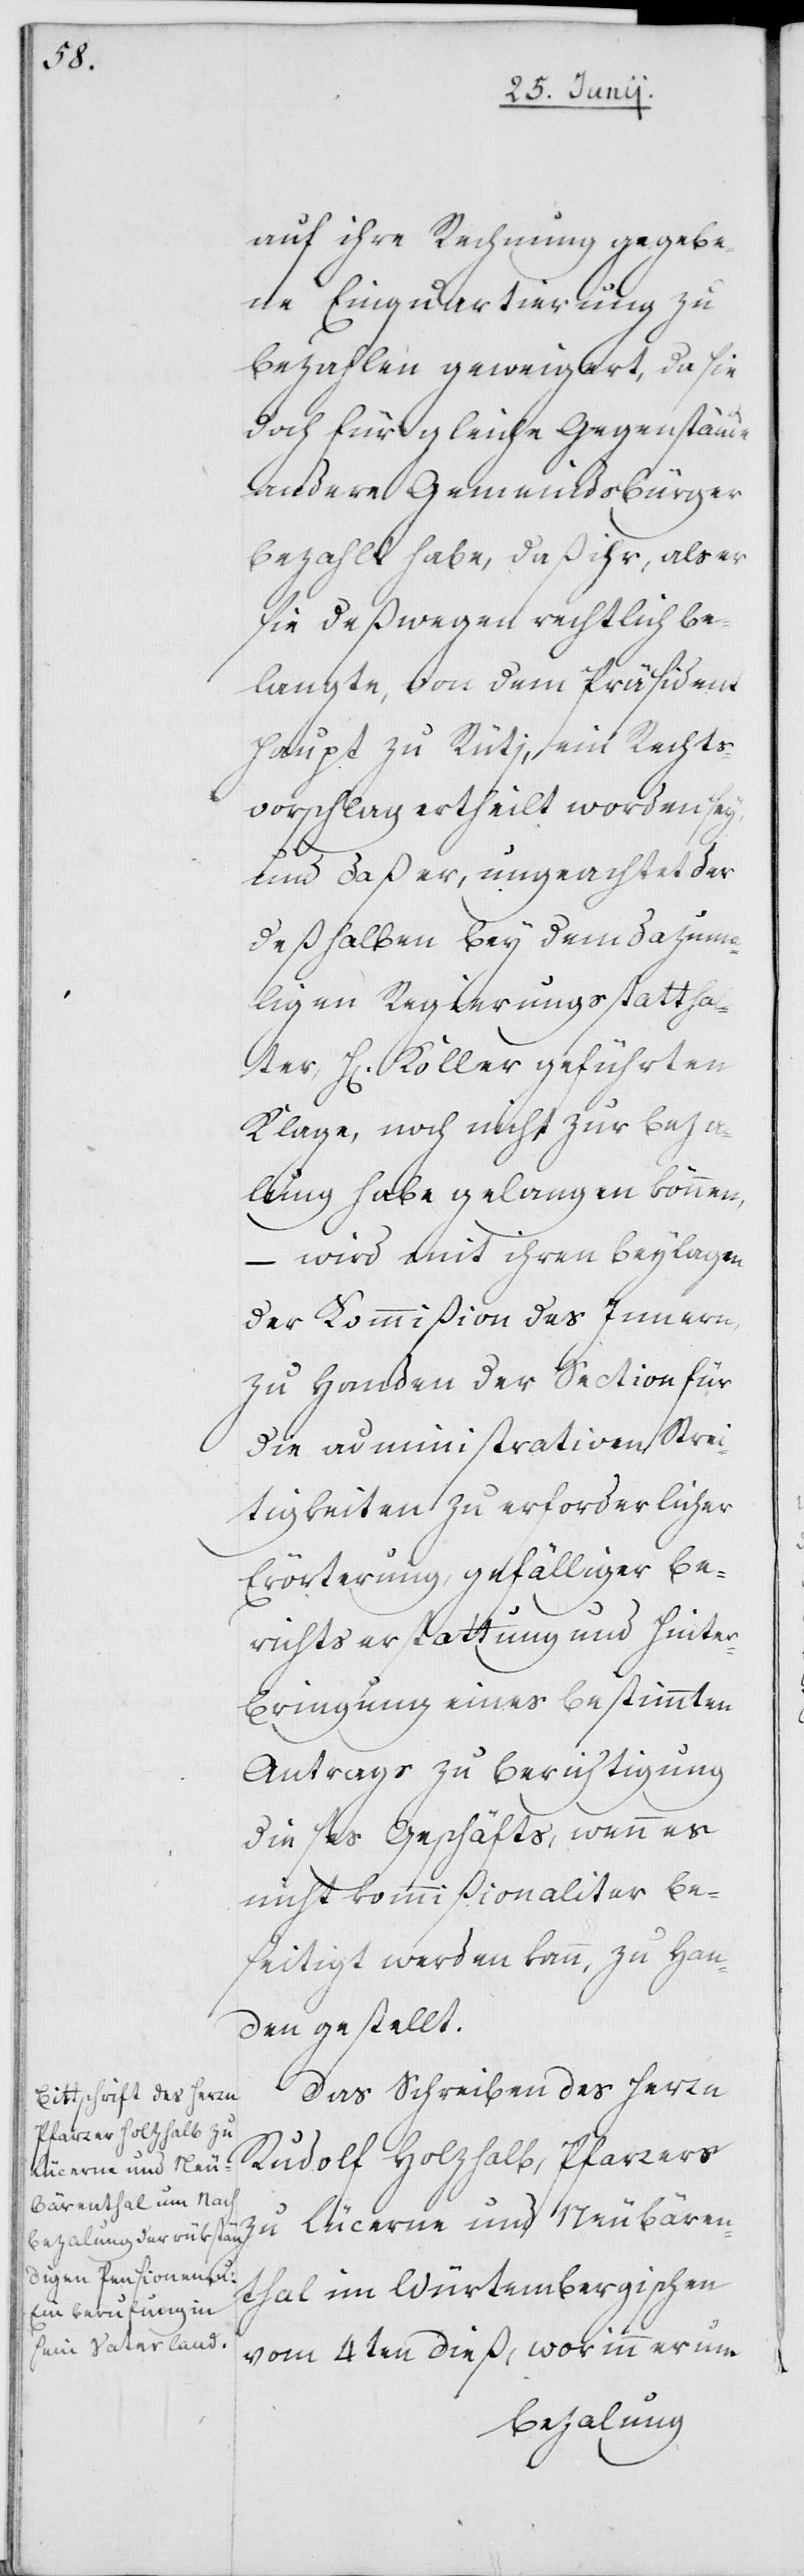
auf ihre Rechnung gegebe¬
ne Einquartierung zu
bezahlen geweigert, da sie
doch für gleiche Gegenstände
andere Gemeindsbürger
bezahlt habe, daß ihr, als er
sie deßwegen rechtlich be¬
langte, von dem Präsident
Haupt zu Rüti, ein Rechts¬
vorschlag ertheilt worden sey,
und daß er, ungeachtet der
deßhalben bey dem dazuma¬
ligen Regierungsstattha¬
lter, H[errn] Koller geführten
Klage, noch nicht zur Beza¬
lung habe gelangen können,
– wird mit ihren Beylagen
der Commißion des Innern,
zu Handen der Section für
die administrativen Strei¬
tigkeiten zu erforderlicher
Erörterung, gefälliger Be¬
richtserstattung und Hinter¬
bringung eines bestimmten
Antrags zu Berichtigung
dieses Geschäfts, wenn es
nicht kommißionaliter be¬
seitigt werden kann, zu Han¬
den gestellt.
Das Schreiben des Herrn
zu Lücerne und Neubären¬
thal im Würtembergischen
vom 4ten dieß, worinn er um